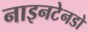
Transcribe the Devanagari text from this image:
नाइनटेनडो